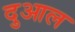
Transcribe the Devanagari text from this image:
दुआल